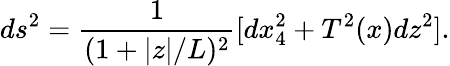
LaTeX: ds^{2}=\frac{1}{(1+|z|/L)^{2}}[dx_{4}^{2}+T^{2}(x)dz^{2}].